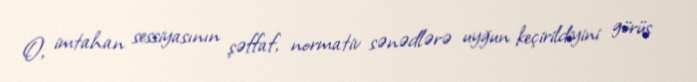
O, imtahan sessiyasının şəffaf, normativ sənədlərə uyğun keçirildiyini görüş